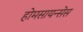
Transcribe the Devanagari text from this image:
होमसायन्सेस